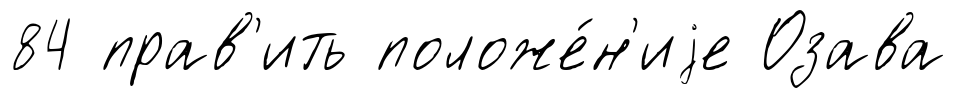
84 прав'ить положе́н'иjе Озава